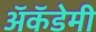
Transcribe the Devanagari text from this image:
अॅकॅडेमी